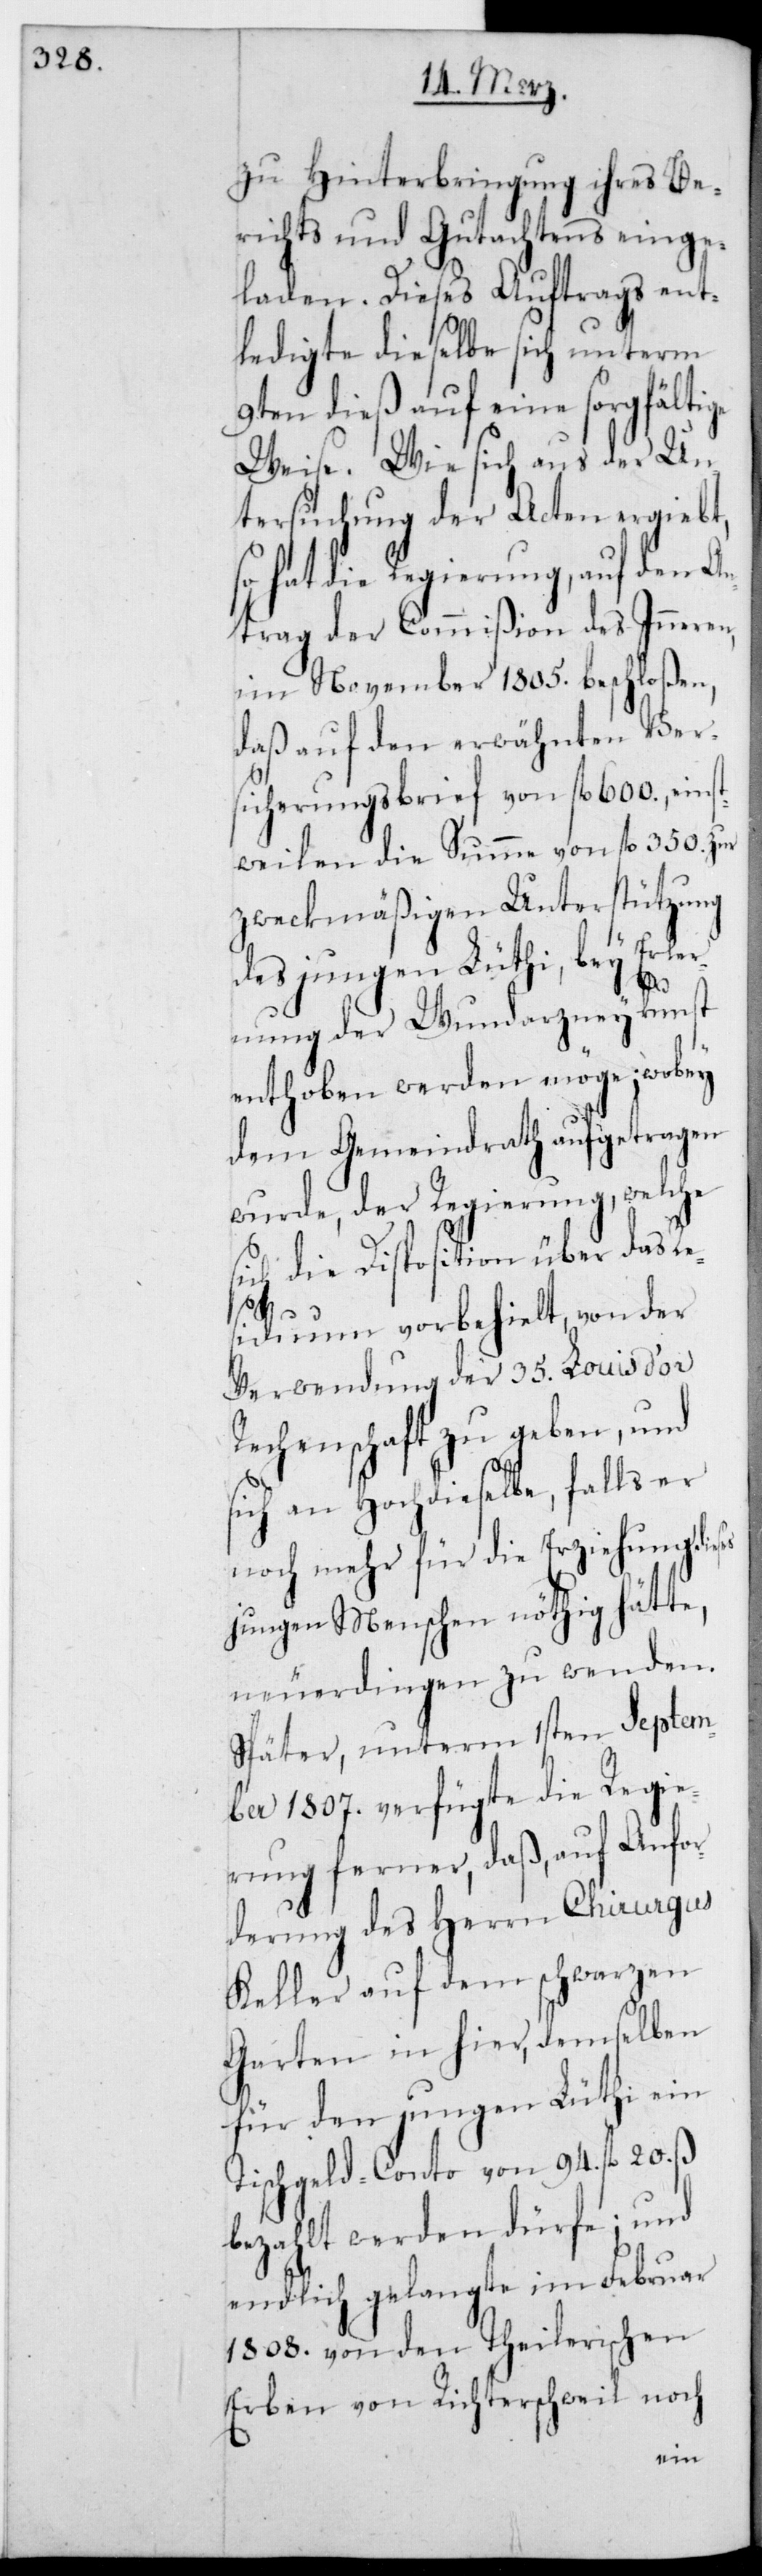
zu Hinterbringung ihres Be¬
richts und Gutachtens einge¬
laden. Dieses Auftrags ent¬
ledigte dieselbe sich unterm
9ten dieß auf eine sorgfältige
Weise. Wie sich aus der Un¬
tersuchung der Acten ergiebt,
so hat die Regierung, auf den An¬
trag der Commißion des Inneren,
November 1805. beschloßen,
daß auf den erwähnten Ver¬
sicherungsbrief von fl. 600., einst¬
weilen die Summe von fl. 350. zur
zweckmäßigen Unterstützung
des jungen Lüthi, bey Erler¬
ses
nung der Wundarzneikunst
enthoben werden möge; wobey
dem Gemeindrath aufgetragen
wurde, der Regierung, welche
sich die Disposition über das Re¬
siduum vorbehielt, von der
Verwendung der 35. Louis d’or
Rechenschaft zu geben, und
sich an Hochdieselbe, falls er
noch mehr für die Erziehung die¬
jungen Menschen nöthig hätte,
neuerdingen zu wenden.
Später unterm 1sten Septem¬
ber 1807. verfügte die Regie¬
rung ferner, daß auf Anfor¬
derung des Herrn Chirurgus
Keller auf dem Schwarzen
Garten in hier, demselben
für den jungen Lüthi ein
Tischgeld-Conto von 94. fl. 20. ß
bezahlt werden dürfe; und
endlich gelangte im Februar
1808. von den Theilerischen
Erben von Richterschweil noch